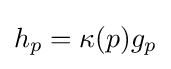
h_{p}=\kappa (p)g_{p}